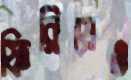
ফিরিয়েও